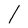
Character: l